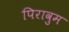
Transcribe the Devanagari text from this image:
पिरावुम